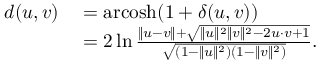
\begin{array} { r l } { d ( u , v ) } & { { } = \operatorname { a r c o s h } ( 1 + \delta ( u , v ) ) } \\ { \, } & { { } = 2 \ln { \frac { \lVert u - v \rVert + { \sqrt { \lVert u \rVert ^ { 2 } \lVert v \rVert ^ { 2 } - 2 u \cdot v + 1 } } } { \sqrt { ( 1 - \lVert u \rVert ^ { 2 } ) ( 1 - \lVert v \rVert ^ { 2 } ) } } } . } \end{array}